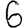
Digit: 6